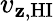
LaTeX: v_{\mathbf{z},\mathrm{{HI}}}